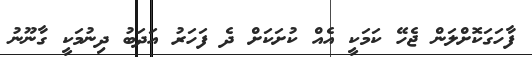
ފާހަގަކޮށްލަން ޖެހޭ ކަމަކީ އެއް ކުށަކަށް ދެ ފަހަރު އަދަބު ދިނުމަކީ ގާނޫނު